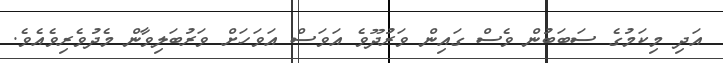
އަދި މިކަމުގެ ސަބަބުން ވެސް ގައިން ވަރުދޫވެ އަވަސް އަވަހަށް ވަރުބަލިވާން މެދުވެރިވެއެވެ.